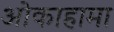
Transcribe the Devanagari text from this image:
ओकाहामा